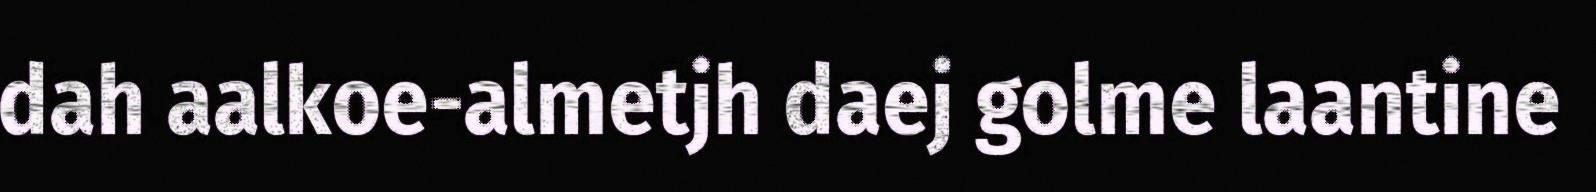
dah aalkoe-almetjh daej golme laantine